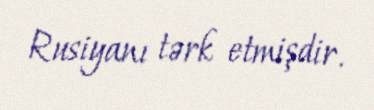
Rusiyanı tərk etmişdir.